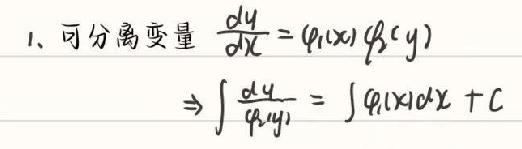
1、可分离变量 $\frac{dy}{dx}=\varphi(x)\psi(y)$
$\Rightarrow\int\frac{dy}{\psi(y)}=\int\varphi(x)dx + C$